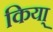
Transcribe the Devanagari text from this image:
किया्